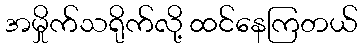
အမှိုက်သရိုက်လို့ ထင်နေကြတယ်